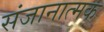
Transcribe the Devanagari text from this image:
संजानात्मक